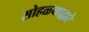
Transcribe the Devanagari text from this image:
सोहळ्याद्वारे